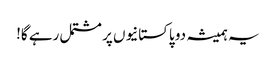
یہ ہمیشہ دو پاکستانیوں پر مشتمل رہے گا!